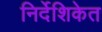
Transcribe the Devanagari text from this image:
निर्देशिकेत